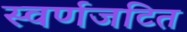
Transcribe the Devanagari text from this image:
स्वर्णजटित